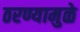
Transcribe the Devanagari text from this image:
ठरण्यामुळे